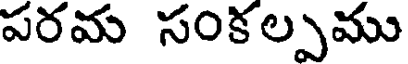
పరమ సంకల్పము